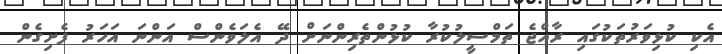
އެކި ކުޅިވަރުތަކުގައި ރާއްޖެ ތަމްސީލުކުރާ ކުޅުންތެރިންނަށް ދޭ އެލަވެންްސް އަންނަ އަހަރު ފެށިގެން